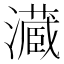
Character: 𤂘